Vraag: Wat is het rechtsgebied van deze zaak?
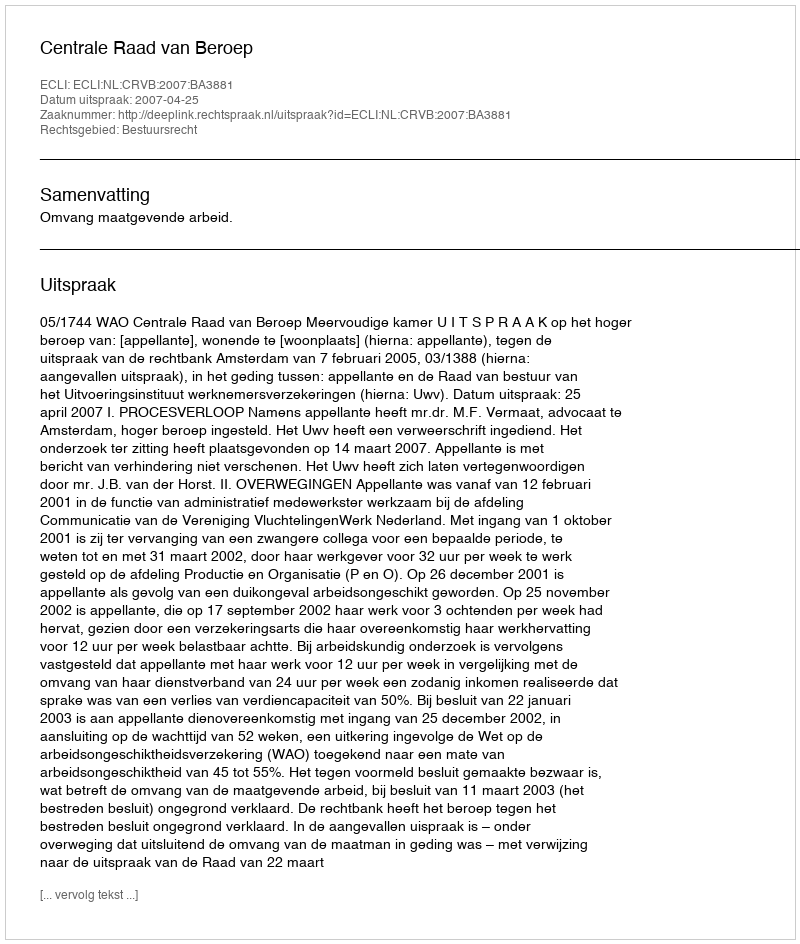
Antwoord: Bestuursrecht